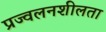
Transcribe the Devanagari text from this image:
प्रज्वलनशीलता